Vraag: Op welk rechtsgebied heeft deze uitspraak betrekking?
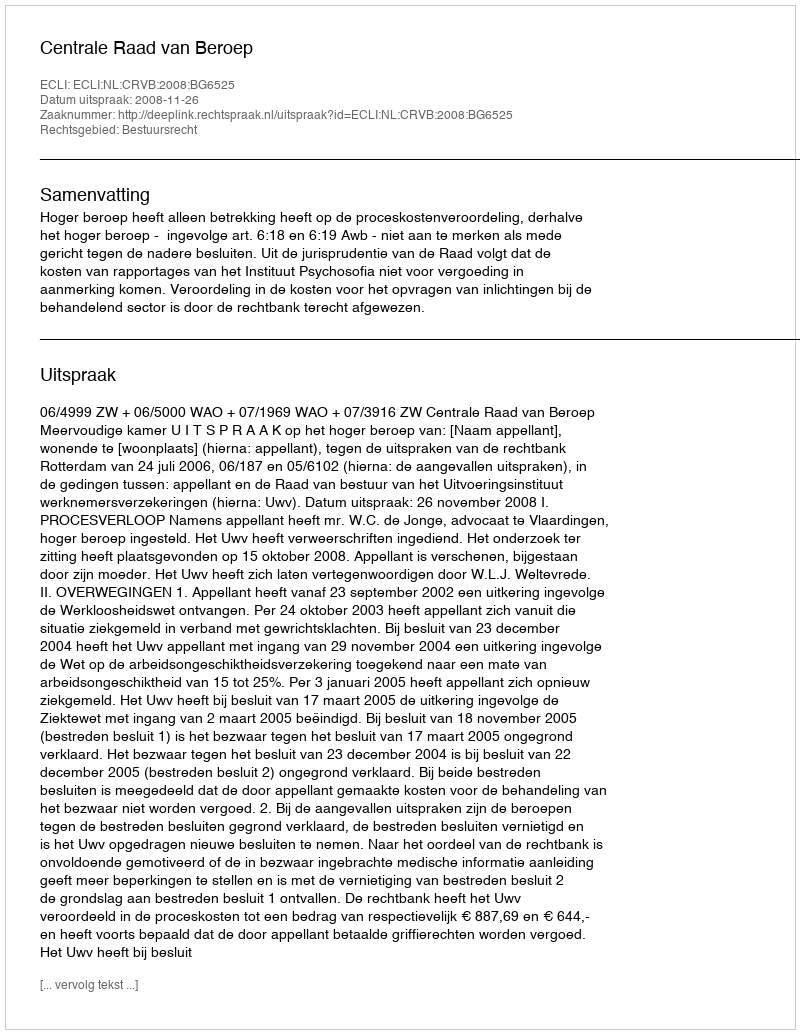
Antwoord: Bestuursrecht